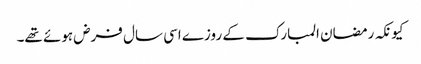
کیونکہ رمضان المبارک کے روزے اسی سال فرض ہوئے تھے۔